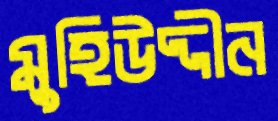
মুহিউদ্দীন